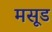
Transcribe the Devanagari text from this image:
मसूड